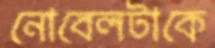
নোবেলটাকে